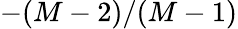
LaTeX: -(M-2)/(M-1)